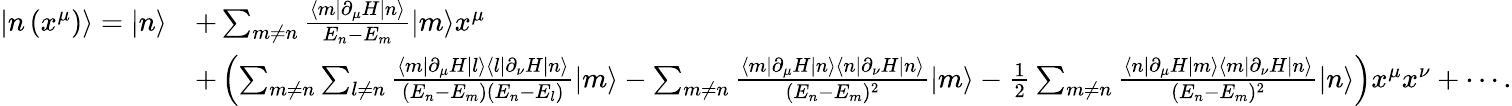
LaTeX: {\begin{array}{rl}{\left|n\left(x^{\mu}\right)\right\rangle=|n\rangle}&{+\sum_{m\neq n}{\frac{\langle m|\partial_{\mu}H|n\rangle}{E_{n}-E_{m}}}|m\rangle x^{\mu}}\\ &{+\left(\sum_{m\neq n}\sum_{l\neq n}{\frac{\langle m|\partial_{\mu}H|l\rangle\langle l|\partial_{\nu}H|n\rangle}{(E_{n}-E_{m})(E_{n}-E_{l})}}|m\rangle-\sum_{m\neq n}{\frac{\langle m|\partial_{\mu}H|n\rangle\langle n|\partial_{\nu}H|n\rangle}{(E_{n}-E_{m})^{2}}}|m\rangle-{\frac{1}{2}}\sum_{m\neq n}{\frac{\langle n|\partial_{\mu}H|m\rangle\langle m|\partial_{\nu}H|n\rangle}{(E_{n}-E_{m})^{2}}}|n\rangle\right)x^{\mu}x^{\nu}+\cdots.}\end{array}}